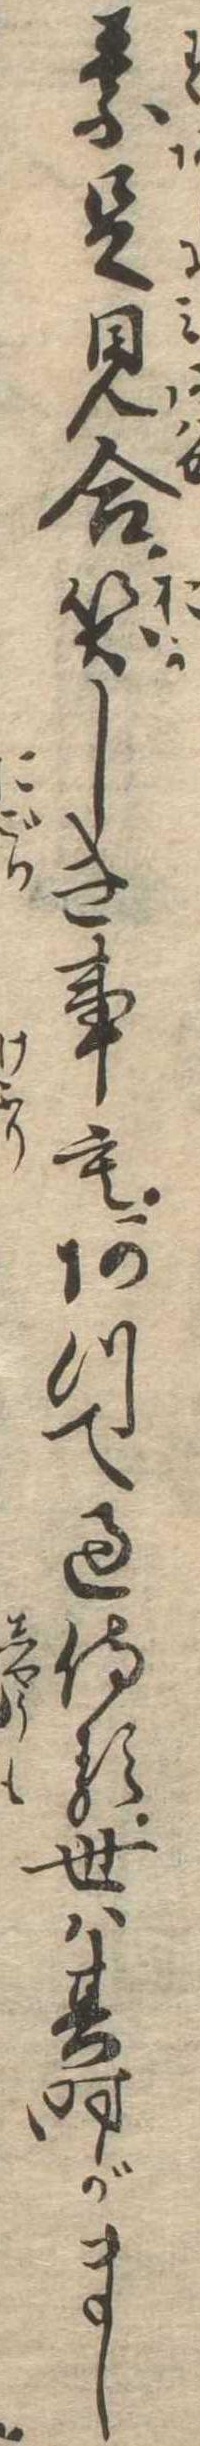
素足見合笑しき事もあつて過侍る世は其時がまし